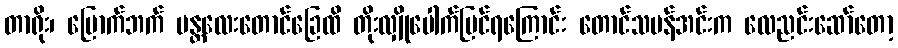
တာရိုး၊ မြောက်ဘက် မန္တလေးတောင်ခြေထိ တိုးလျှိုပေါက်မြင်ရကြောင်း တောင်သမန်အင်းက လေညင်းဆော်တော့